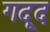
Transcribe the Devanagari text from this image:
गदूद